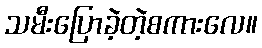
သမီးပြောခဲ့တဲ့စကားလေ။